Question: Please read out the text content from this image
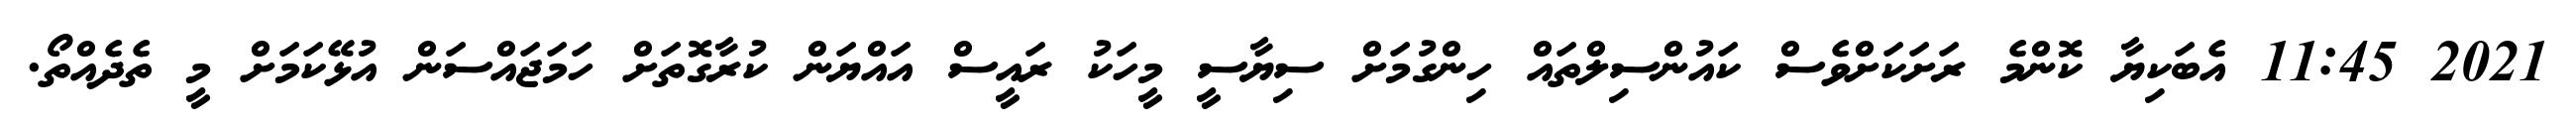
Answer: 2021 11:45 އެބަކިޔާ ކޮންމެ ރަށަކަށްވެސް ކައުންސިލްތައް ހިންގުމަށް ސިޔާސީ މީހަކު ރައީސް އައްޔަން ކުރާގޮތަށް ހަމަޖައްސަން އުޅޭކަމަށް މީ ތެދެއްތޯ.